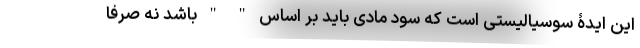
این ایدۀ سوسیالیستی است که سود مادی باید بر اساس " " باشد نه صرفا